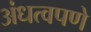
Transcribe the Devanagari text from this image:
अंधत्वपणे